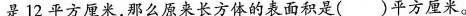
是12平方厘米，那么原来长方体的表面积是()平方厘米。